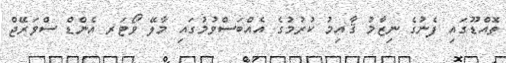
ތޮއްޑޫގައި ފެނުގެ ނިޒާމު ޤާއިމު ކުރުމުގެ އެއްބަސްވުމުގައި މާލޭ ވޯޓަރ އެންޑް ސްވަރޭޖް